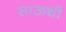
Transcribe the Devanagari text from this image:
साऊथी